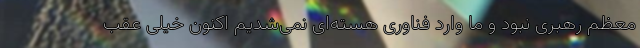
معظم رهبری نبود و ما وارد فناوری هسته‌ای نمی‌شدیم اکنون خیلی عقب